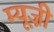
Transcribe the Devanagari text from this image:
म्यू़ज़ी